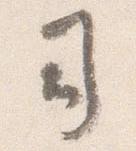
司